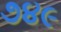
૭૪૯